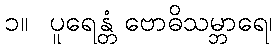
၁။  ပူရေန္တံ ဗောဓိသမ္ဘာရေ၊